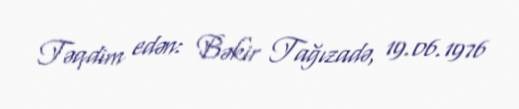
Təqdim edən: Bəkir Tağızadə, 19.06.1976